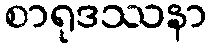
စာရုဒဿနာ